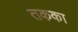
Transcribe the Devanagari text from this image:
तकका